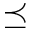
\preceq